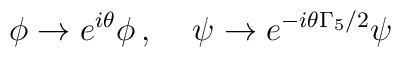
\phi \rightarrow e^{i \theta} \phi \, , \;\;\;\; \psi \rightarrow e^{-i \theta \Gamma_5/2} \psi